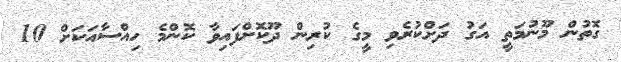
ގޮތުން މޫނުމަތީ އަގު ދަށްކުރެވި މީގެ ކުރިން ދޫކޮށްފައިވާ ކޮންމެ ހިއްސާއަކަށް 10